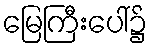
မြေကြီးပေါ်၌